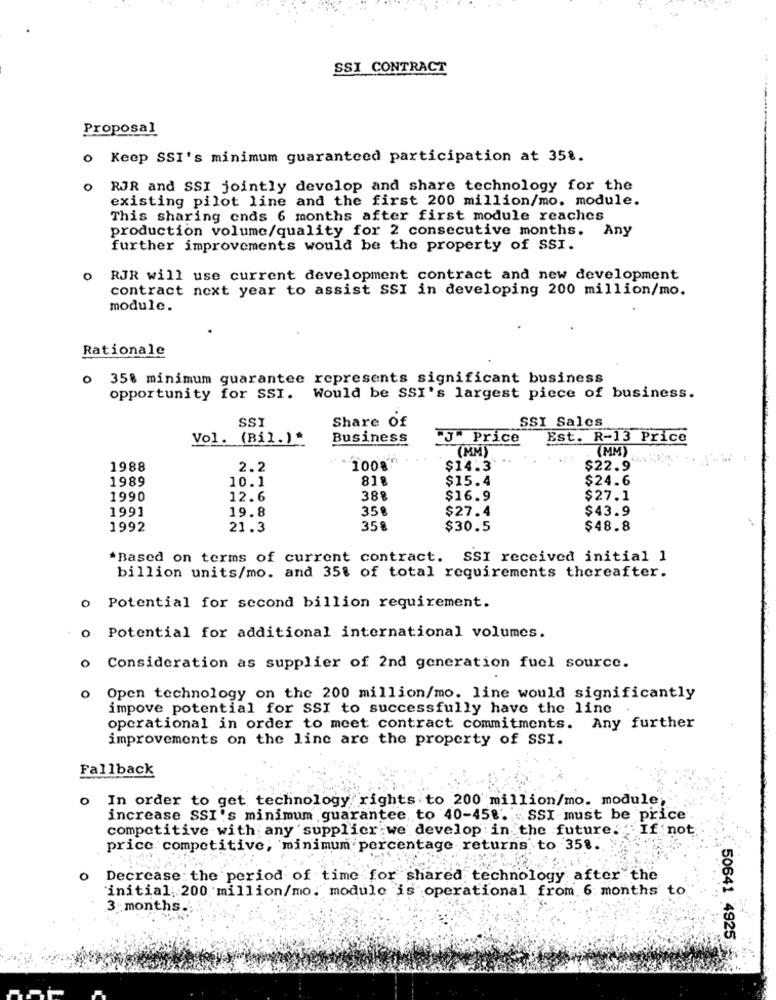
SSI CONTRACT
Proposal
o Keep SSI's minimum guaranteed participation at 35%.
0 RJR and SSI jointly develop and share technology for the
existing pilot line and the first 200 million/mo. module.
This sharing onds 6 months after first module reaches
production volume/quality for 2 consecutive months. Any
further improvements would be the property of SSI.
RJR will use current development contract and new development
contract next year to assist SSI in developing 200 million/mo.
module.
Rationale
0
35% minimum guarantee represents significant business
opportunity for SSI.
Would be SSI's largest piece of business.
SSI
Share Of
SSI Sales
Vol. (Bil.)*
Business
J" Price
Est. R-13 Price
(MM)
(MM)
1988
2.2
1008
$14.3'
$22.9
1989
10.1
818
$15.4
$24.6
1990
12.6
388
$16.9
$27.1
1991
19.8
358
$27.4
$43.9
1992
21.3
358
$30.5
$48.8
*Based on terms of current contract. SSI received initial 1
billion units/mo. and 35% of total requirements thereafter.
o Potential for second billion requirement.
o Potential for additional international volumes.
o Consideration as supplier of 2nd generation fuel source.
O
Open technology on the 200 million/mo. line would significantly
impove potential for SSI to successfully have the line .
operational in order to meet contract commitments. Any further
improvements on the line are the property of SSI.
Fallback
o In order to get technology rights to 200 million/mo. module;
increase SSI's minimum guarantee, to 40-458. SSI must be price
competitive with any supplier we develop in the future. If not
price competitive, minimum percentage returns to 358.
O
Decrease the period of time for shared technology after the
"initial; 200 million/mo, module is operational from. 6 months to
3 months ..
50641 4925